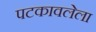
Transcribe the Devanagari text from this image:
पटकावलेला